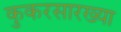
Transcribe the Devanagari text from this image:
कुकरसारख्या